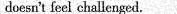
doesn't feel challenged.